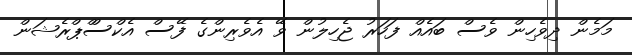
މަމެން ދިވެހިން ވެސް ބައެއް ފަހަރު ޖެހިލުން ވޭ އެވެރިންގެ ފޭސް އެކްސްްޕްރެޝަން